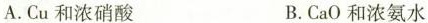
A.Cu和浓硝酸 B.CaO和浓氨水